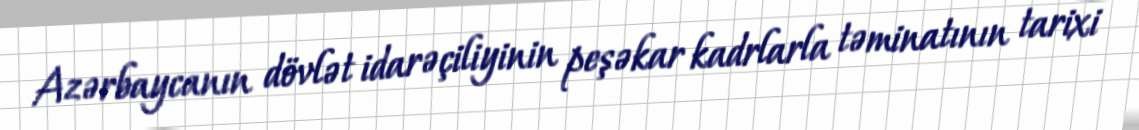
Azərbaycanın dövlət idarəçiliyinin peşəkar kadrlarla təminatının tarixi